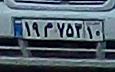
۱۹م۷۵۳۱۰